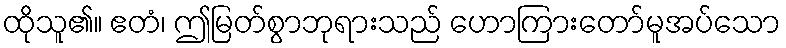
ထိုသူ၏။ ဧတံ၊ ဤမြတ်စွာဘုရားသည် ဟောကြားတော်မူအပ်သော